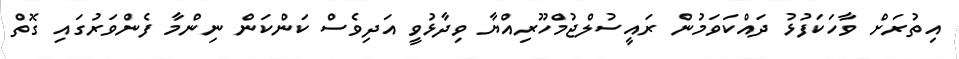
އިތުރަށް ވާހަކަފުޅު ދައްކަވަމުން ރައީސުލްޖުމްހޫރިއްޔާ ވިދާޅުވީ އަދިވެސް ކަންކަން ނިންމާ ފެންވަރުގައި ގޮތް